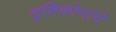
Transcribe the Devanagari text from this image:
दृष्टिकोनांचे